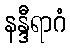
နန္ဒီရာဂံ